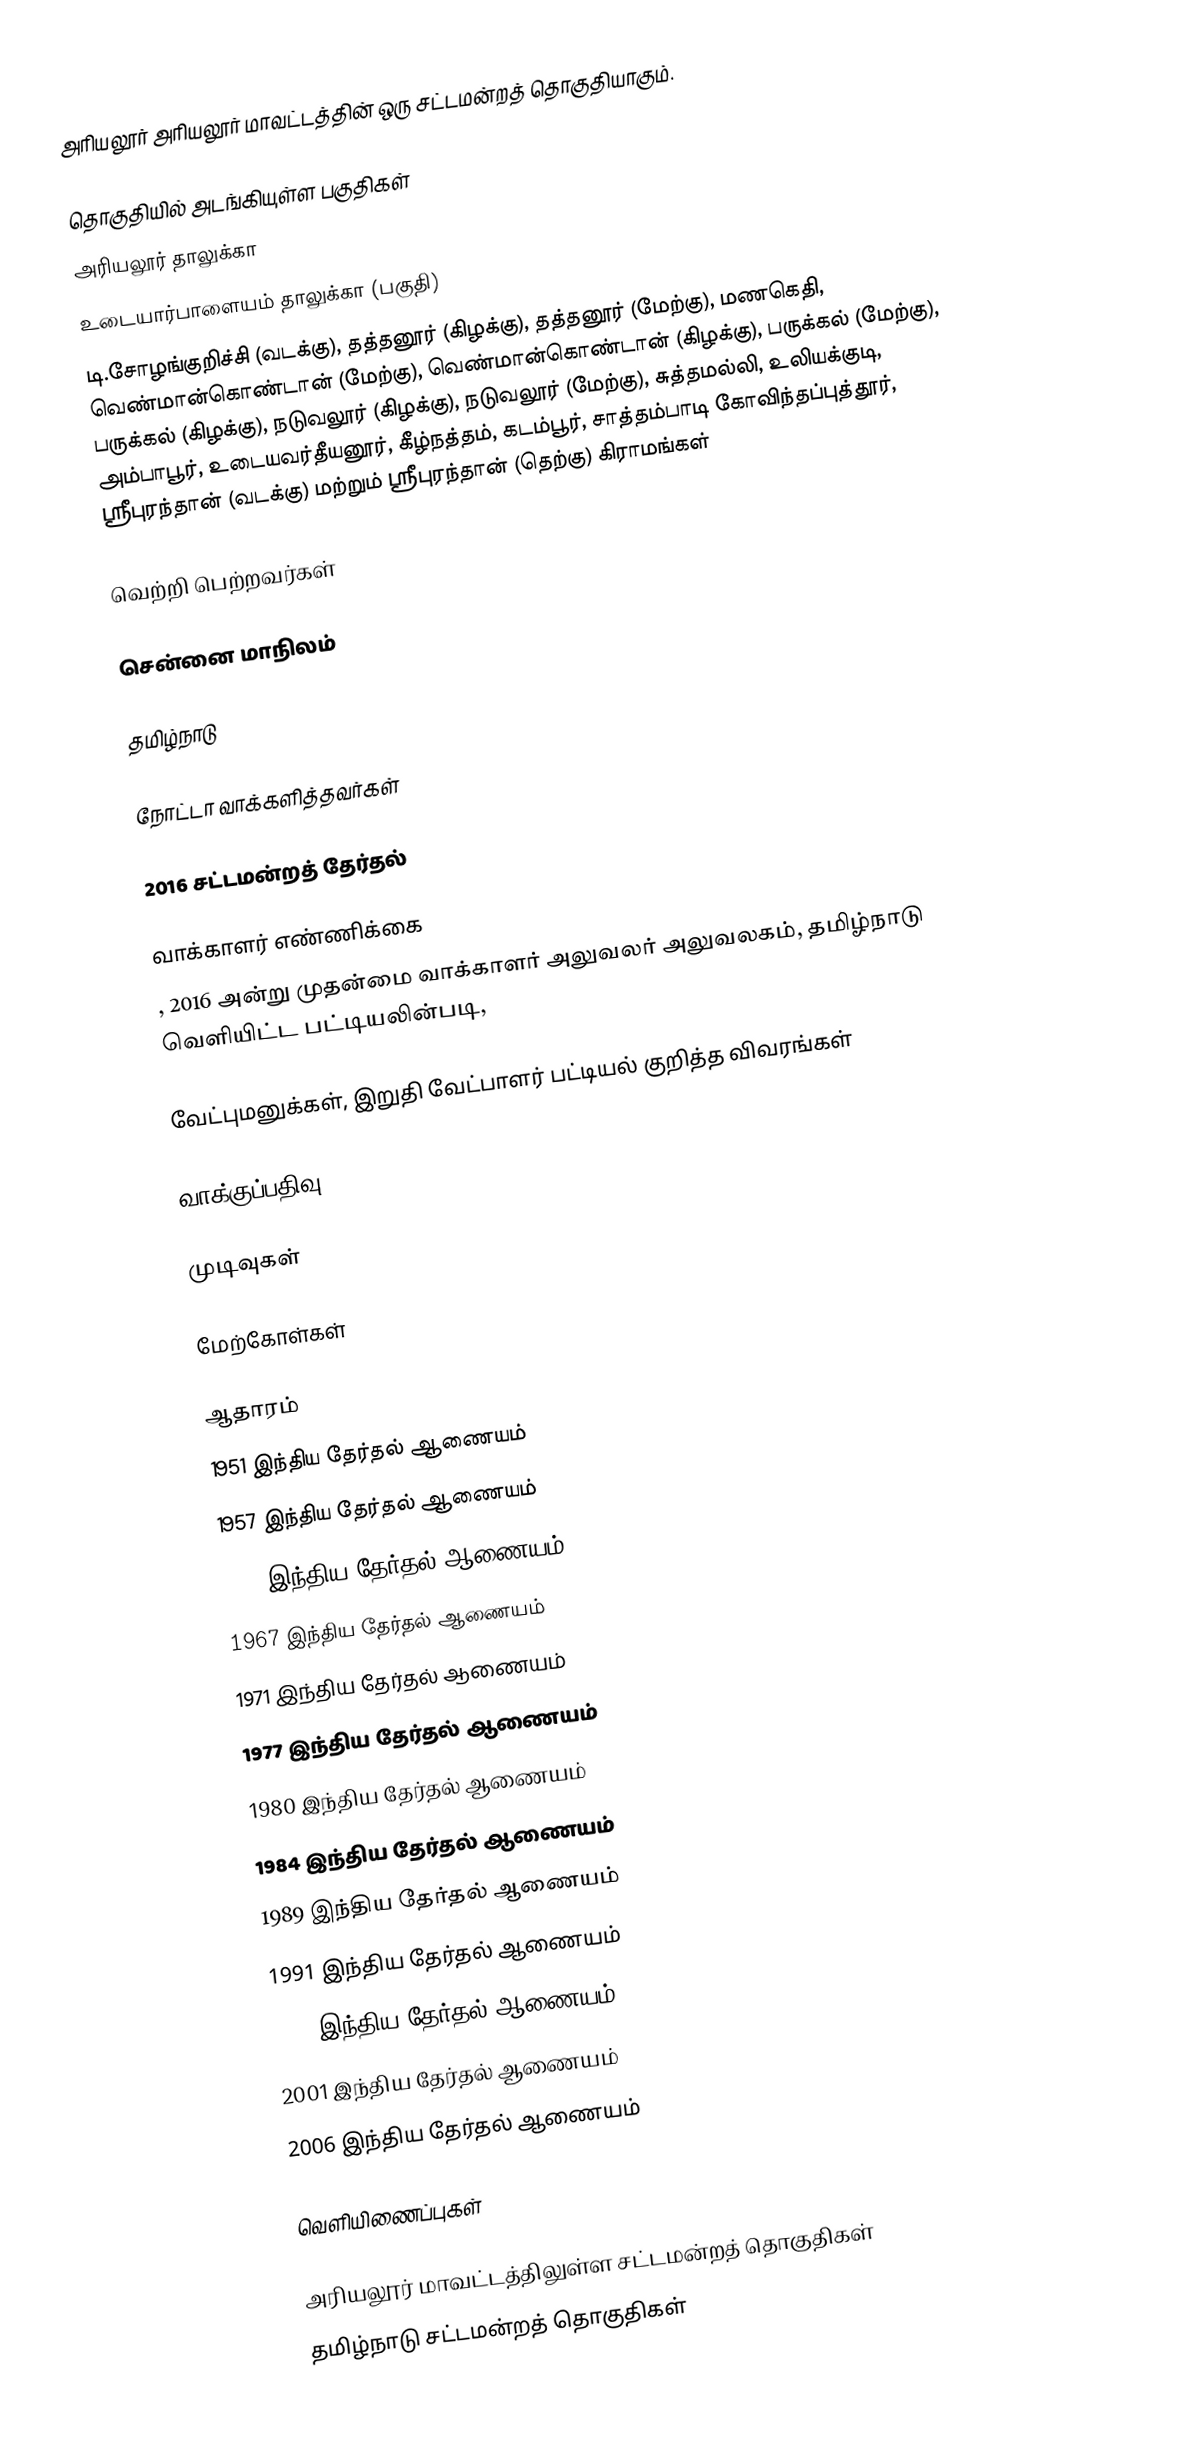
அரியலூர் அரியலூர் மாவட்டத்தின் ஒரு சட்டமன்றத் தொகுதியாகும்.

தொகுதியில் அடங்கியுள்ள பகுதிகள்
அரியலூர் தாலுக்கா
உடையார்பாளையம் தாலுக்கா (பகுதி)
டி.சோழங்குறிச்சி (வடக்கு), தத்தனூர் (கிழக்கு), தத்தனூர் (மேற்கு), மணகெதி, வெண்மான்கொண்டான் (மேற்கு), வெண்மான்கொண்டான் (கிழக்கு), பருக்கல் (மேற்கு), பருக்கல் (கிழக்கு), நடுவலூர் (கிழக்கு), நடுவலூர் (மேற்கு), சுத்தமல்லி, உலியக்குடி, அம்பாபூர், உடையவர்தீயனூர், கீழ்நத்தம், கடம்பூர், சாத்தம்பாடி கோவிந்தப்புத்தூர், ஸ்ரீபுரந்தான் (வடக்கு) மற்றும் ஸ்ரீபுரந்தான் (தெற்கு) கிராமங்கள்

வெற்றி பெற்றவர்கள்

சென்னை மாநிலம்

தமிழ்நாடு

நோட்டா வாக்களித்தவர்கள்

2016 சட்டமன்றத் தேர்தல்

வாக்காளர் எண்ணிக்கை
, 2016 அன்று முதன்மை வாக்காளர் அலுவலர் அலுவலகம், தமிழ்நாடு வெளியிட்ட பட்டியலின்படி,

வேட்புமனுக்கள், இறுதி வேட்பாளர் பட்டியல் குறித்த விவரங்கள்

வாக்குப்பதிவு

முடிவுகள்

மேற்கோள்கள்

ஆதாரம்
1951 இந்திய தேர்தல் ஆணையம்
1957 இந்திய தேர்தல் ஆணையம்
1962 இந்திய தேர்தல் ஆணையம்
1967 இந்திய தேர்தல் ஆணையம்
1971 இந்திய தேர்தல் ஆணையம்
1977 இந்திய தேர்தல் ஆணையம்
1980 இந்திய தேர்தல் ஆணையம்
1984 இந்திய தேர்தல் ஆணையம்
1989 இந்திய தேர்தல் ஆணையம்
1991 இந்திய தேர்தல் ஆணையம்
1996 இந்திய தேர்தல் ஆணையம்
2001 இந்திய தேர்தல் ஆணையம்
2006 இந்திய தேர்தல் ஆணையம்

வெளியிணைப்புகள்

அரியலூர் மாவட்டத்திலுள்ள சட்டமன்றத் தொகுதிகள்
தமிழ்நாடு சட்டமன்றத் தொகுதிகள்